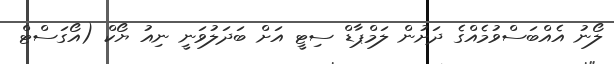
ލޯނު އެއްބަސްވުމެއްގެ ދަށުން ލަމްޕާޑް ސިޓީ އަށް ބަދަލުވަނީ ނިއު ޔޯކް (އޯގަސްޓް